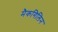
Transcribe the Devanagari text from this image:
मैकगिलिन